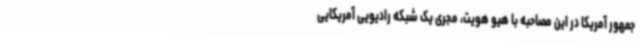
جمهور آمریکا در این مصاحبه با هیو هویت، مجری یک شبکه رادیویی آمریکایی